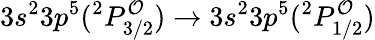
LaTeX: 3s^{2}3p^{5}(^{2}P_{3/2}^{\mathcal{O}})\rightarrow3s^{2}3p^{5}(^{2}P_{1/2}^{\mathcal{O}})